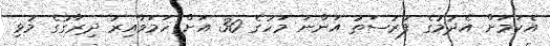
އެކަމަށް އެދުމުގެ ފުރުސަތު އަންނަ މަހުގެ 30 އަށް ހަމަވާއިރު ދިރާގުގެ މުޅި